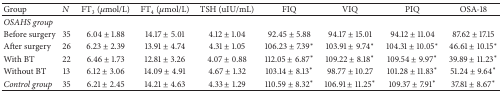
| Group | N | FT3 (μmol/L) | FT4 (μmol/L) | TSH (uIU/mL) | FIQ | VIQ | PIQ | OSA-18 |
 | --- | --- | --- | --- | --- | --- | --- | --- | --- |
 | OSAHS group |  |  |  |  |  |  |  |  |
 | Before surgery | 35 | 6.04 ± 1.88 | 14.17 ± 5.01 | 4.12 ± 1.04 | 92.45 ± 5.88 | 94.17 ± 15.01 | 94.12 ± 11.04 | 87.62 ± 17.15 |
 | After surgery | 26 | 6.23 ± 2.39 | 13.91 ± 4.74 | 4.31 ± 1.05 | 106.23 ± 7.39* | 103.91 ± 9.74* | 104.31 ± 10.05* | 46.61 ± 10.15* |
 | With BT | 22 | 6.46 ± 1.73 | 12.81 ± 3.26 | 4.07 ± 0.88 | 112.05 ± 6.87* | 109.22 ± 8.18* | 109.54 ± 9.97* | 39.89 ± 11.23* |
 | Without BT | 13 | 6.12 ± 3.06 | 14.09 ± 4.91 | 4.67 ± 1.32 | 103.14 ± 8.13* | 98.77 ± 10.27 | 101.28 ± 11.83* | 51.24 ± 9.64* |
 | Control group | 35 | 6.21 ± 2.45 | 14.21 ± 4.63 | 4.33 ± 1.29 | 110.59 ± 8.32* | 106.91 ± 11.25* | 109.37 ± 7.91* | 37.81 ± 8.67* |